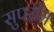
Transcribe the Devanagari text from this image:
सुपरीम